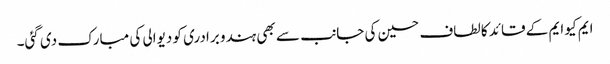
ایم کیو ایم کے قائد کالطاف حسین کی جانب سے بھی ہندو برادری کو دیوالی کی مبارک دی گئی۔